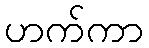
ဟက်ကာ